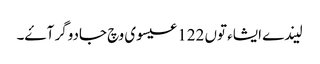
لیندے ایشاء توں 122 عیسوی وچ جادوگر آۓ۔